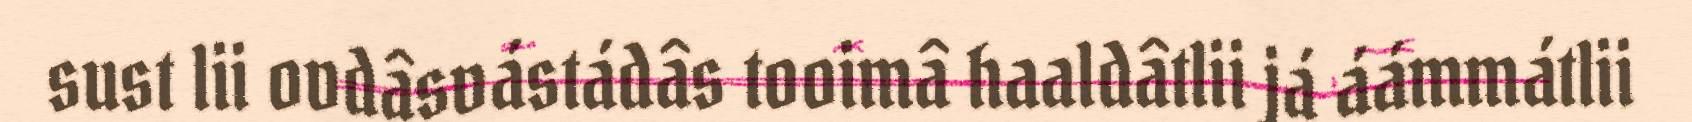
sust lii ovdâsvástádâs tooimâ haaldâtlii já áámmátlii